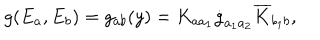
g ( E _ { a } , E _ { b } ) = g _ { a b } ( y ) = K _ { a a _ { 1 } } \dot { g } _ { a _ { 1 } a _ { 2 } } \overline { { { K } } } _ { b _ { 1 } b } ,